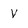
Character: V